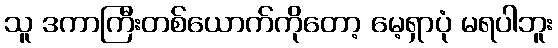
သူ ဒကာကြီးတစ်ယောက်ကိုတော့ မေ့ရှာပုံ မရပါဘူး